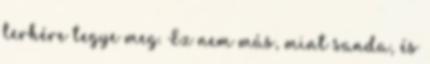
terhére tegye meg. Ez nem más, mint sanda, és